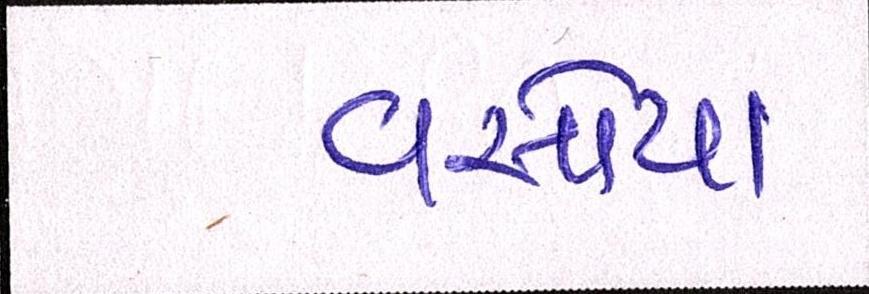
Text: વસોયા